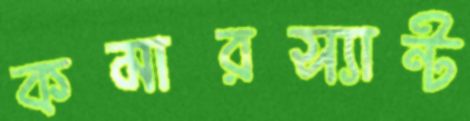
কমারস্যান্ট